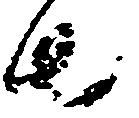
者